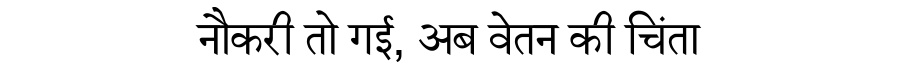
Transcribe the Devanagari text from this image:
नौकरी तो गई, अब वेतन की चिंता